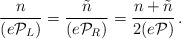
\begin{align*}\frac{n}{(e{\cal P}_{L})}= \frac{\tilde{n}}{(e{\cal P}_{R})} = \frac{n+\tilde{n}}{2(e{\cal P})} \,.\end{align*}